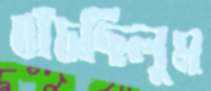
বাঁচছিলুম